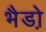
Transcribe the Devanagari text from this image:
भैडो़